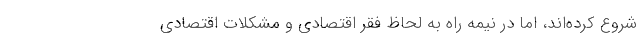
شروع کرده‌اند، اما در نیمه راه به لحاظ فقر اقتصادی و مشکلات اقتصادی